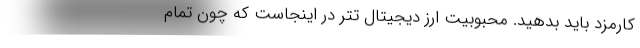
کارمزد باید بدهید. محبوبیت ارز دیجیتال تتر در اینجاست که چون تمام